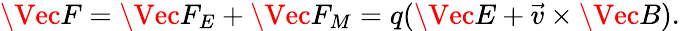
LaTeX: \Vec{F}=\Vec{F}_{E}+\Vec{F}_{M}=q(\Vec{E}+\vec{v}\times\Vec{B}).